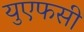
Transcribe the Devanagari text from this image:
युएफसी